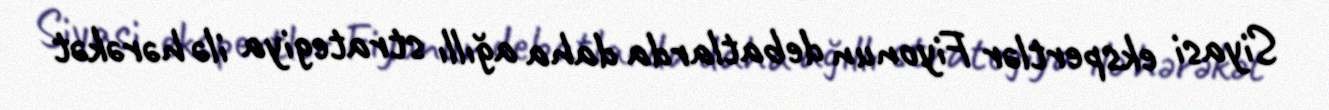
Siyasi ekspertlər Fiyonun debatlarda daha ağıllı strategiya ilə hərəkət